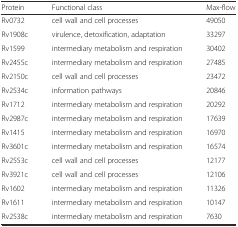
| Protein | Functional class | Max-flow |
 | --- | --- | --- |
 | Rv0732 | cell wall and cell processes | 49050 |
 | Rv1908c | virulence, detoxification, adaptation | 33297 |
 | Rv1599 | intermediary metabolism and respiration | 30402 |
 | Rv2455c | intermediary metabolism and respiration | 27485 |
 | Rv2150c | cell wall and cell processes | 23472 |
 | Rv2534c | information pathways | 20846 |
 | Rv1712 | intermediary metabolism and respiration | 20292 |
 | Rv2987c | intermediary metabolism and respiration | 17639 |
 | Rv1415 | intermediary metabolism and respiration | 16970 |
 | Rv3601c | intermediary metabolism and respiration | 16574 |
 | Rv2553c | cell wall and cell processes | 12177 |
 | Rv3921c | cell wall and cell processes | 12106 |
 | Rv1602 | intermediary metabolism and respiration | 11326 |
 | Rv1611 | intermediary metabolism and respiration | 10147 |
 | Rv2538c | intermediary metabolism and respiration | 7630 |